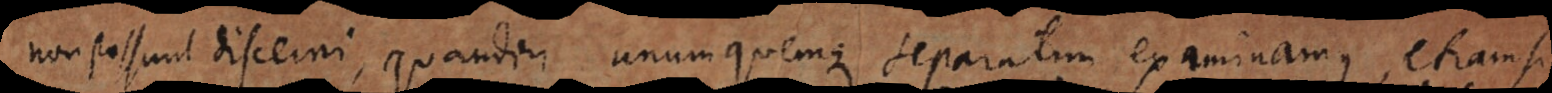
non possunt discerni, quandiu unumquemque separatim examinamus, etiamsi